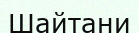
Шайтани